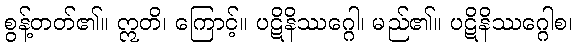
စွန့်တတ်၏။ ဣတိ၊ ကြောင့်။ ပဋိနိဿဂ္ဂေါ၊ မည်၏။ ပဋိနိဿဂ္ဂေါစ၊